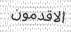
الاقدمون